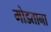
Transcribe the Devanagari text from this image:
मोडताना